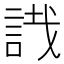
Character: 𧧟